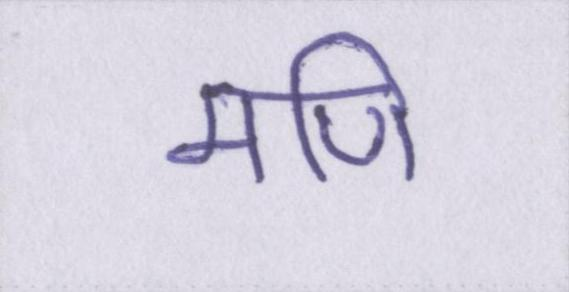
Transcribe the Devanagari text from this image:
मणि